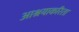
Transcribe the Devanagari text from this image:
आश्रयाकरिता